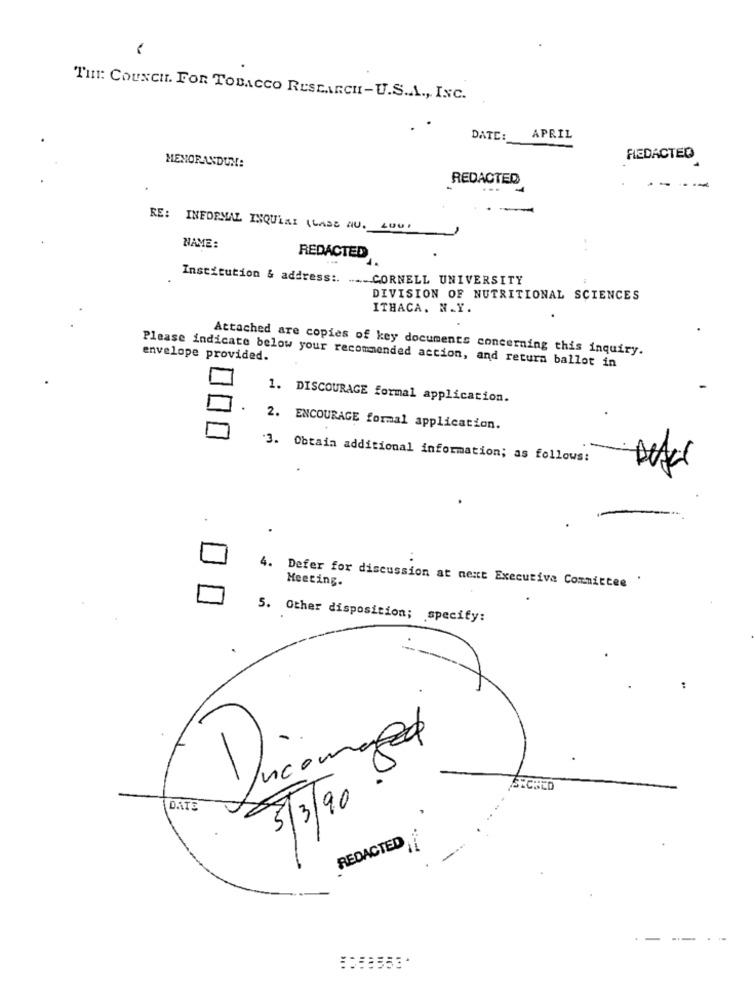
THE: COUNCIL. FOR TOBACCO RESEARCH-U.S.A ., INC.
DATE:
APRIL
FIEDACTED
MEMORANDUM:
REDACTED
...
RE: INFORMAL INQUISI (LADE AU. LOU)
NAME:
REDACTED
Institution & address :. .... CORNELL UNIVERSITY
DIVISION OF NUTRITIONAL SCIENCES
ITHACA. N.Y.
Attached are copies of key documents concerning this inquiry.
envelope provided.
Please indicate below your recommended action, and return ballot in
1. DISCOURAGE formal application.
2. ENCOURAGE formal application.
3. Obtain additional information; as follows:
Meeting.
4. Defer for discussion at next Executive Committee '
5. Other disposition; specify:
1
5/3/90 84
DANTE
REDACTED